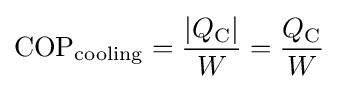
{\rm {COP}}_{\rm {cooling}}={\frac {|Q_{\rm {C}}|}{W}}={\frac {Q_{\rm {C}}}{W}}